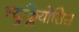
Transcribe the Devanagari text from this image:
न्युक्लियोसिस